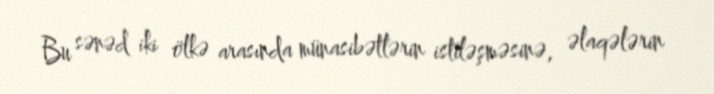
Bu sənəd iki ölkə arasında münasibətlərin istiləşməsinə, əlaqələrin